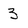
Character: z